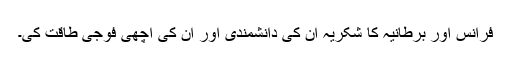
فرانس اور برطانیہ کا شکریہ ان کی دانشمندی اور ان کی اچھی فوجی طاقت کی۔